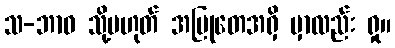
သ-ဘာဝ သို့မဟုတ် အမြုတေအရှိ မှာလည်း ရှု။